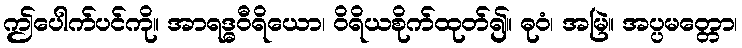
ဤပေါက်ပင်ကို။ အာရဒ္ဓဝီရိယော၊ ဝိရိယစိုက်ထုတ်၍။ ဓုဝံ၊ အမြဲ။ အပ္ပမတ္တော၊